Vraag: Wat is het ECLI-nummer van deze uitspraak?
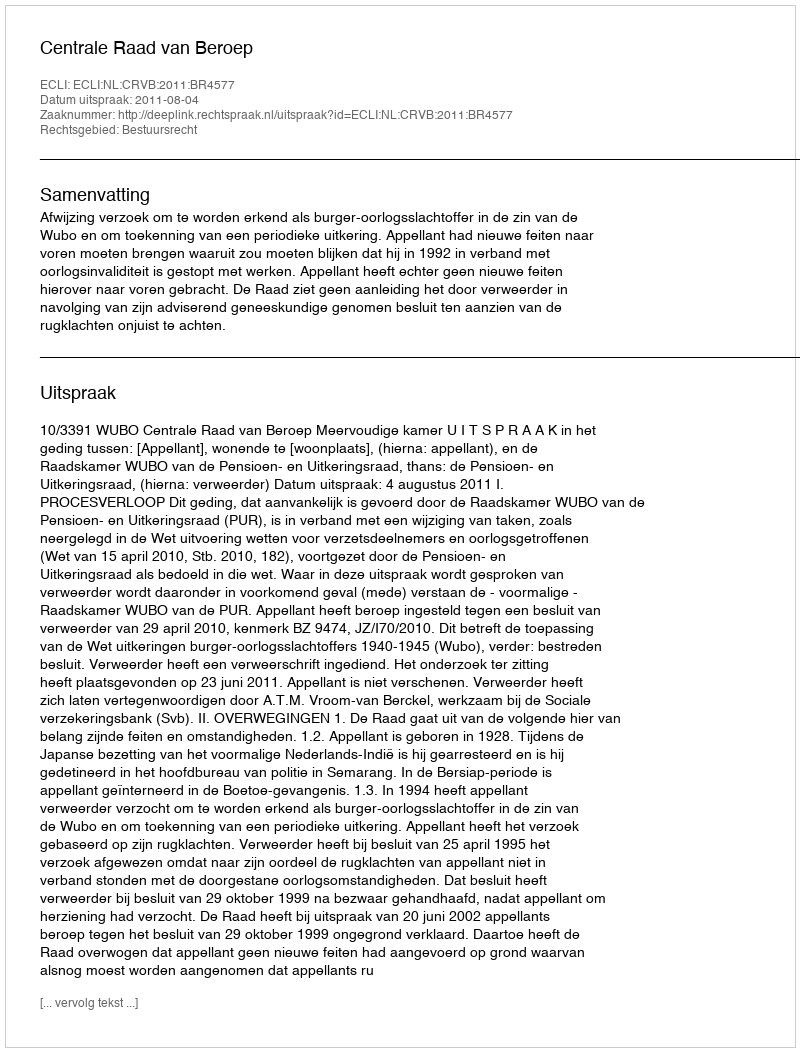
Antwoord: ECLI:NL:CRVB:2011:BR4577